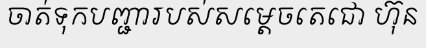
ចាត់ទុកបញ្ជារបស់សម្តេចតេជោ ហ៊ុន